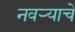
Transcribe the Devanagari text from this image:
नवर्‍याचे